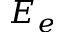
E _ { e }